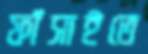
ফাঁসাইতে